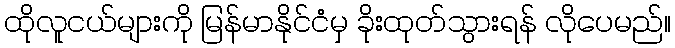
ထိုလူငယ်များကို မြန်မာနိုင်ငံမှ ခိုးထုတ်သွားရန် လိုပေမည်။